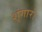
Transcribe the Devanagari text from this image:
शृंगारो